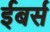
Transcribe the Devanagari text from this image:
ईबर्स